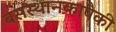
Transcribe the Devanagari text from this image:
बसस्थानकापैकी